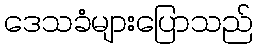
ဒေသခံများပြောသည်